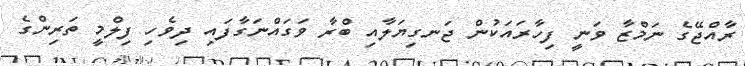
ރާއްޖޭގެ ނަމްޒާ ވަނީ ފިހާރައަކުން ޖަނގިޔަލާއި ބްރާ ވަގައްނަގާފައި ދިވެހި ފިލްމީ ތަރިންގެ